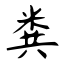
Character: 粪